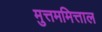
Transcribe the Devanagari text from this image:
मुत्तममित्ताल